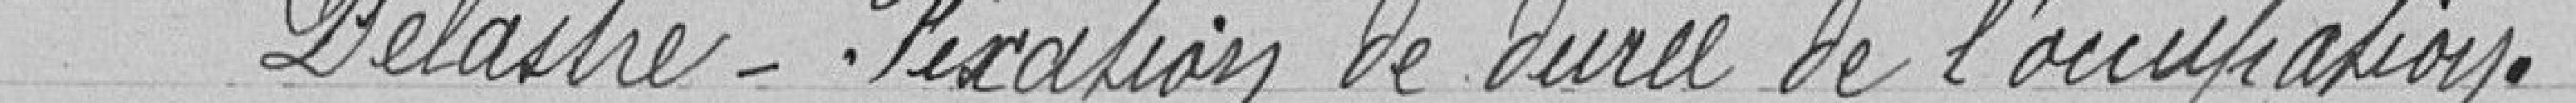
Delastre - Fixation de durée de l'occupation.